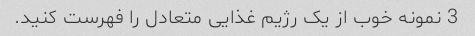
3 نمونه خوب از یک رژیم غذایی متعادل را فهرست کنید.